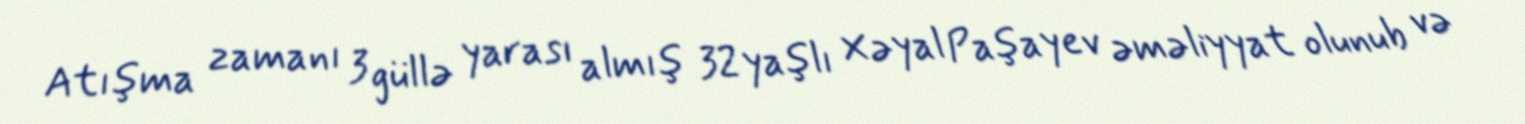
Atışma zamanı 3 güllə yarası almış 32 yaşlı Xəyal Paşayev əməliyyat olunub və